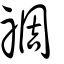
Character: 禂